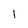
Character: 1